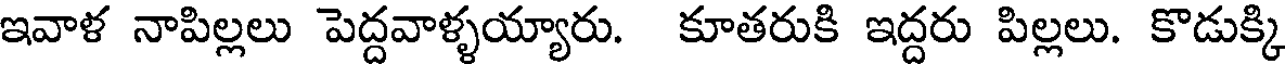
ఇవాళ నాపిల్లలు పెద్దవాళ్ళయ్యారు. కూతరుకి ఇద్దరు పిల్లలు. కొడుక్కి